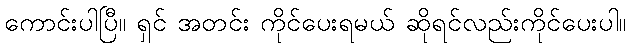
ကောင်းပါပြီ။ ရှင် အတင်း ကိုင်ပေးရမယ် ဆိုရင်လည်းကိုင်ပေးပါ။